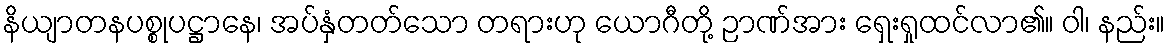
နိယျာတနပစ္စုပဋ္ဌာနေ၊ အပ်နှံတတ်သော တရားဟု ယောဂီတို့ ဉာဏ်အား ရှေးရှုထင်လာ၏။ ဝါ၊ နည်း။